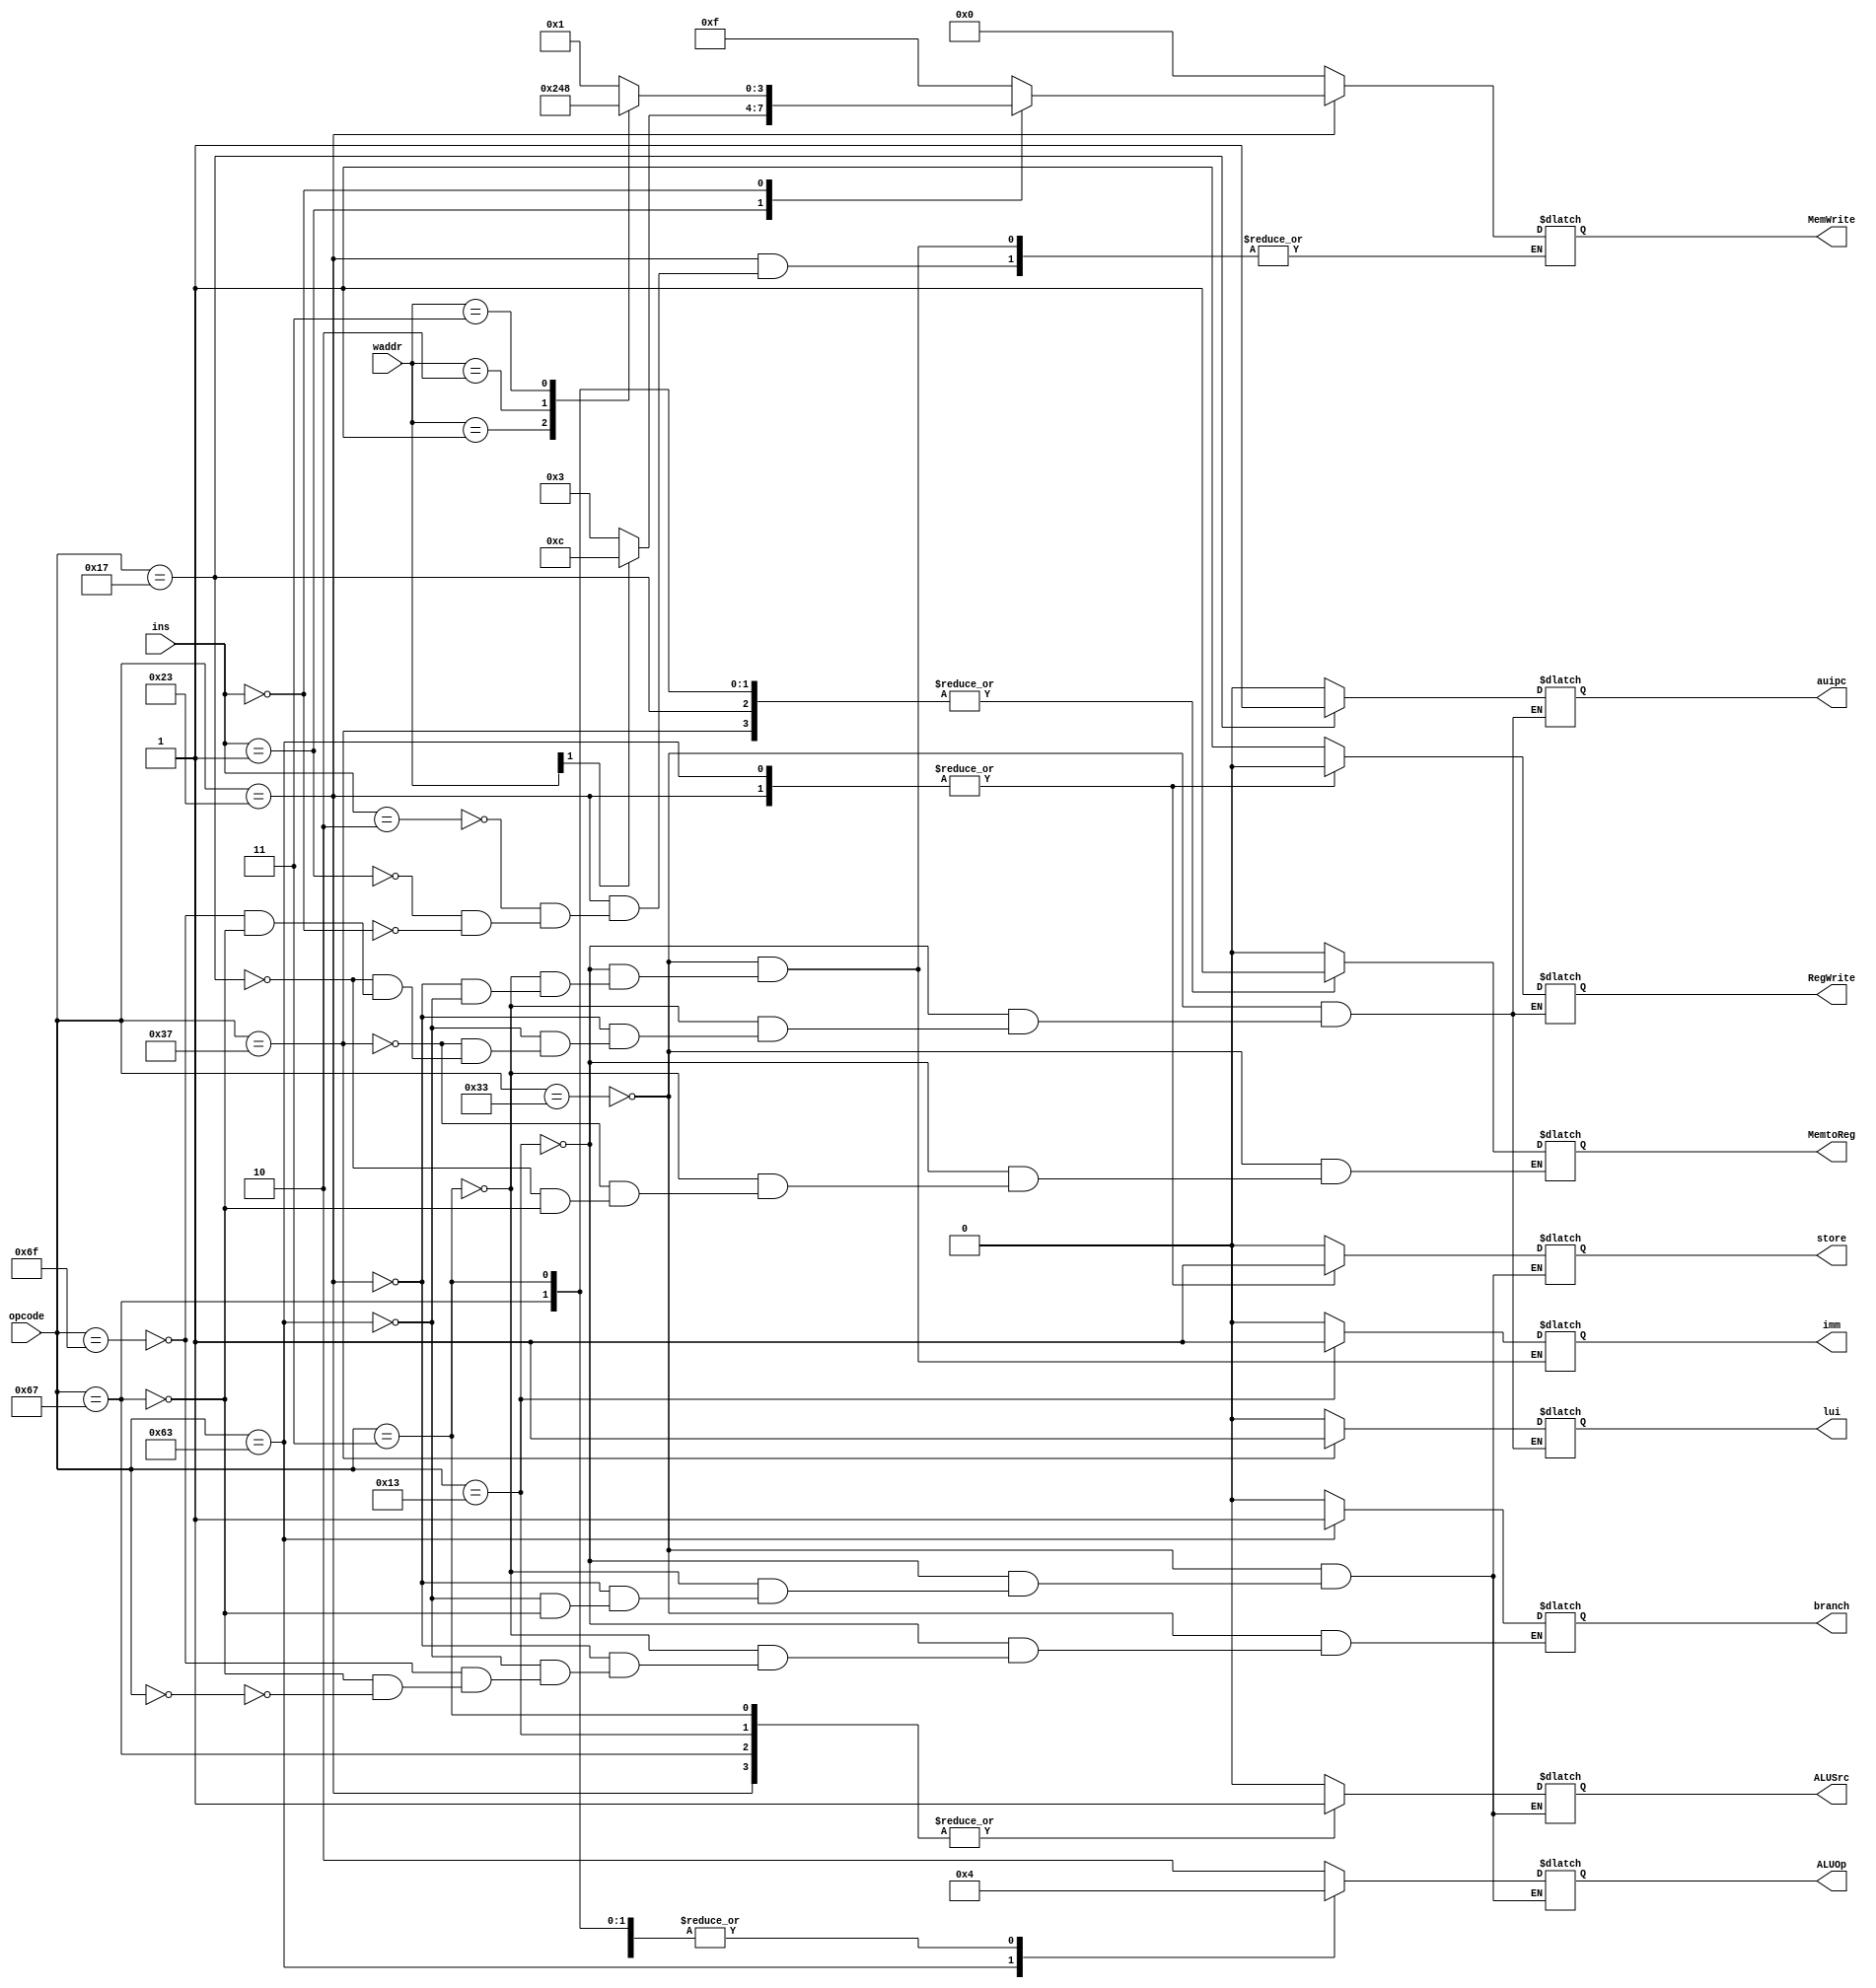
module control(
    
    input [2:0] ins,
    output branch ,
    input [1:0] waddr,
    output imm,
    output store,
    //output MemRead ,
    output MemtoReg ,
    output [1:0] ALUOp ,
    output [3:0] MemWrite ,
    output ALUSrc ,
    output RegWrite,
    output lui,
    output auipc,
    input [6:0] opcode
);
    reg branch ;reg store;
    //reg MemRead ;
    reg MemtoReg ;
    reg ALUOp ;
    reg MemWrite ;
    reg ALUSrc ;
    reg RegWrite;
    reg imm;
    reg lui;
    reg auipc;
    always @(*) begin
    case(opcode)
    7'b0110011: begin
        branch=0;
        MemWrite=4'b0000;
        ALUOp=2'b10;
        store=0;
        lui=0;
        auipc=0;
        //MemRead=0;
        RegWrite=1;
        MemtoReg=0;
        ALUSrc=0;
        imm=0;
    end
    7'b0010011:begin
        branch=0;
        store=0;
        MemWrite=4'b0000;
        ALUOp=2'b10;
        //MemRead=0;
        RegWrite=1;
        MemtoReg=0;
        auipc=0;
        lui=0;
        ALUSrc=1;
        imm=1;
    end
    //Load Instructions
    7'b0000011:begin
         branch=0;
        MemWrite=4'b0000;
        ALUOp=2'b00;
        store=0;
        //MemRead=1;
        RegWrite=1;
        MemtoReg=1;
        auipc=0;
        ALUSrc=1;
        lui=0;
        imm=0;
    end
    //Store Instructions
    7'b0100011: begin
         branch=0;
         case(ins)
         3'b010:MemWrite=4'b1111;
         3'b001:begin
             case(waddr[1])
             0:MemWrite=4'b0011;
             1:MemWrite=4'b1100;
             endcase
         end
         3'b000:begin
             case(waddr)
             2'b00:MemWrite=4'b0001;
             2'b01:MemWrite=4'b0010;
             2'b10:MemWrite=4'b0100;
             2'b11:MemWrite=4'b1000;
             endcase
         end
    endcase
        ALUOp=2'b00;
        //MemRead=0;
        RegWrite=0;
        store=1;
        lui=0;
        auipc=0;
        ALUSrc=1;
        imm=0;
    end
    //Branch instructions
    7'b1100011: begin
         branch=1;
         store=1;
        MemWrite=4'b0000;
        ALUOp=2'b01;
        //MemRead=0;
        RegWrite=0;
        lui=0;
        auipc=0;
        ALUSrc=0;
        imm=0;
    end
    7'b0110111:begin
        RegWrite=1;
        lui=1;
        MemtoReg=1;
        auipc=0;
    end
    7'b0010111: begin
        RegWrite=1;
        lui=0;
        MemtoReg=1;
        auipc=1;
    end
    7'b1101111:begin
        branch=0;
        RegWrite=1;lui=0;auipc=0;
        
        
    end
    7'b1100111:begin
        branch=0;RegWrite=1;
        lui=0;
        auipc=0;
        ALUOp=2'b00;
        store=0;
        ALUSrc=1;
        MemtoReg=1;
    end
    7'b0000000:begin
        branch=0;
    end
    endcase
end
endmodule